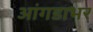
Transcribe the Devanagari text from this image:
आंगडाभर